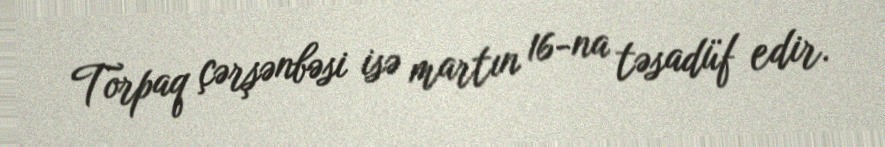
Torpaq çərşənbəsi isə martın 16-na təsadüf edir.